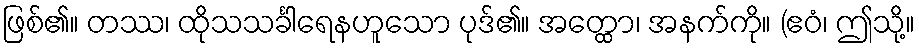
ဖြစ်၏။ တဿ၊ ထိုသသင်္ခါရေနဟူသော ပုဒ်၏။ အတ္ထော၊ အနက်ကို။ (ဧဝံ၊ ဤသို့။